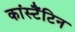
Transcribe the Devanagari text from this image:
कांस्टैंटिन